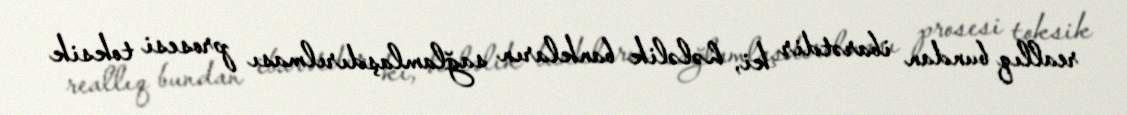
reallıq bundan ibarətdir ki, hələlik bankların sağlamlaşdırılması prosesi toksik